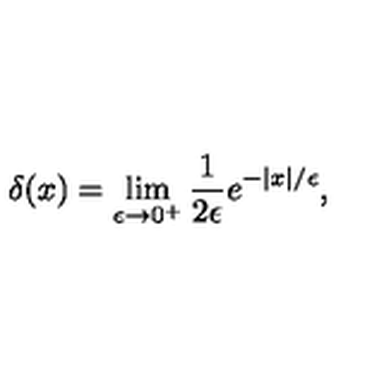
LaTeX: \delta ( x ) = \lim _ { \epsilon \rightarrow 0 ^ { + } } { \frac { 1 } { 2 \epsilon } } e ^ { - | x | / \epsilon } ,